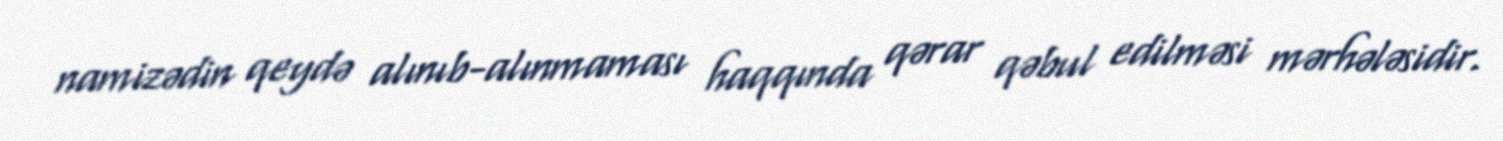
namizədin qeydə alınıb-alınmaması haqqında qərar qəbul edilməsi mərhələsidir.